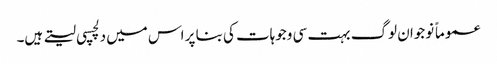
عموماً نوجوان لوگ بہت سی وجوہات کی بنا پر اس میں دلچسپی لیتے ہیں۔